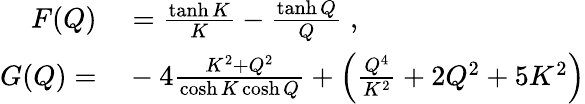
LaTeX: \begin{array}{rl}{F(Q)}&{{}=\frac{\operatorname{tanh}K}{K}-\frac{\operatorname{tanh}Q}{Q}\; ,}\\ {G(Q)=}&{{}-4\frac{K^{2}+Q^{2}}{\cosh K\cosh Q}+\left(\frac{Q^{4}}{K^{2}}+2Q^{2}+5K^{2}\right)}\end{array}